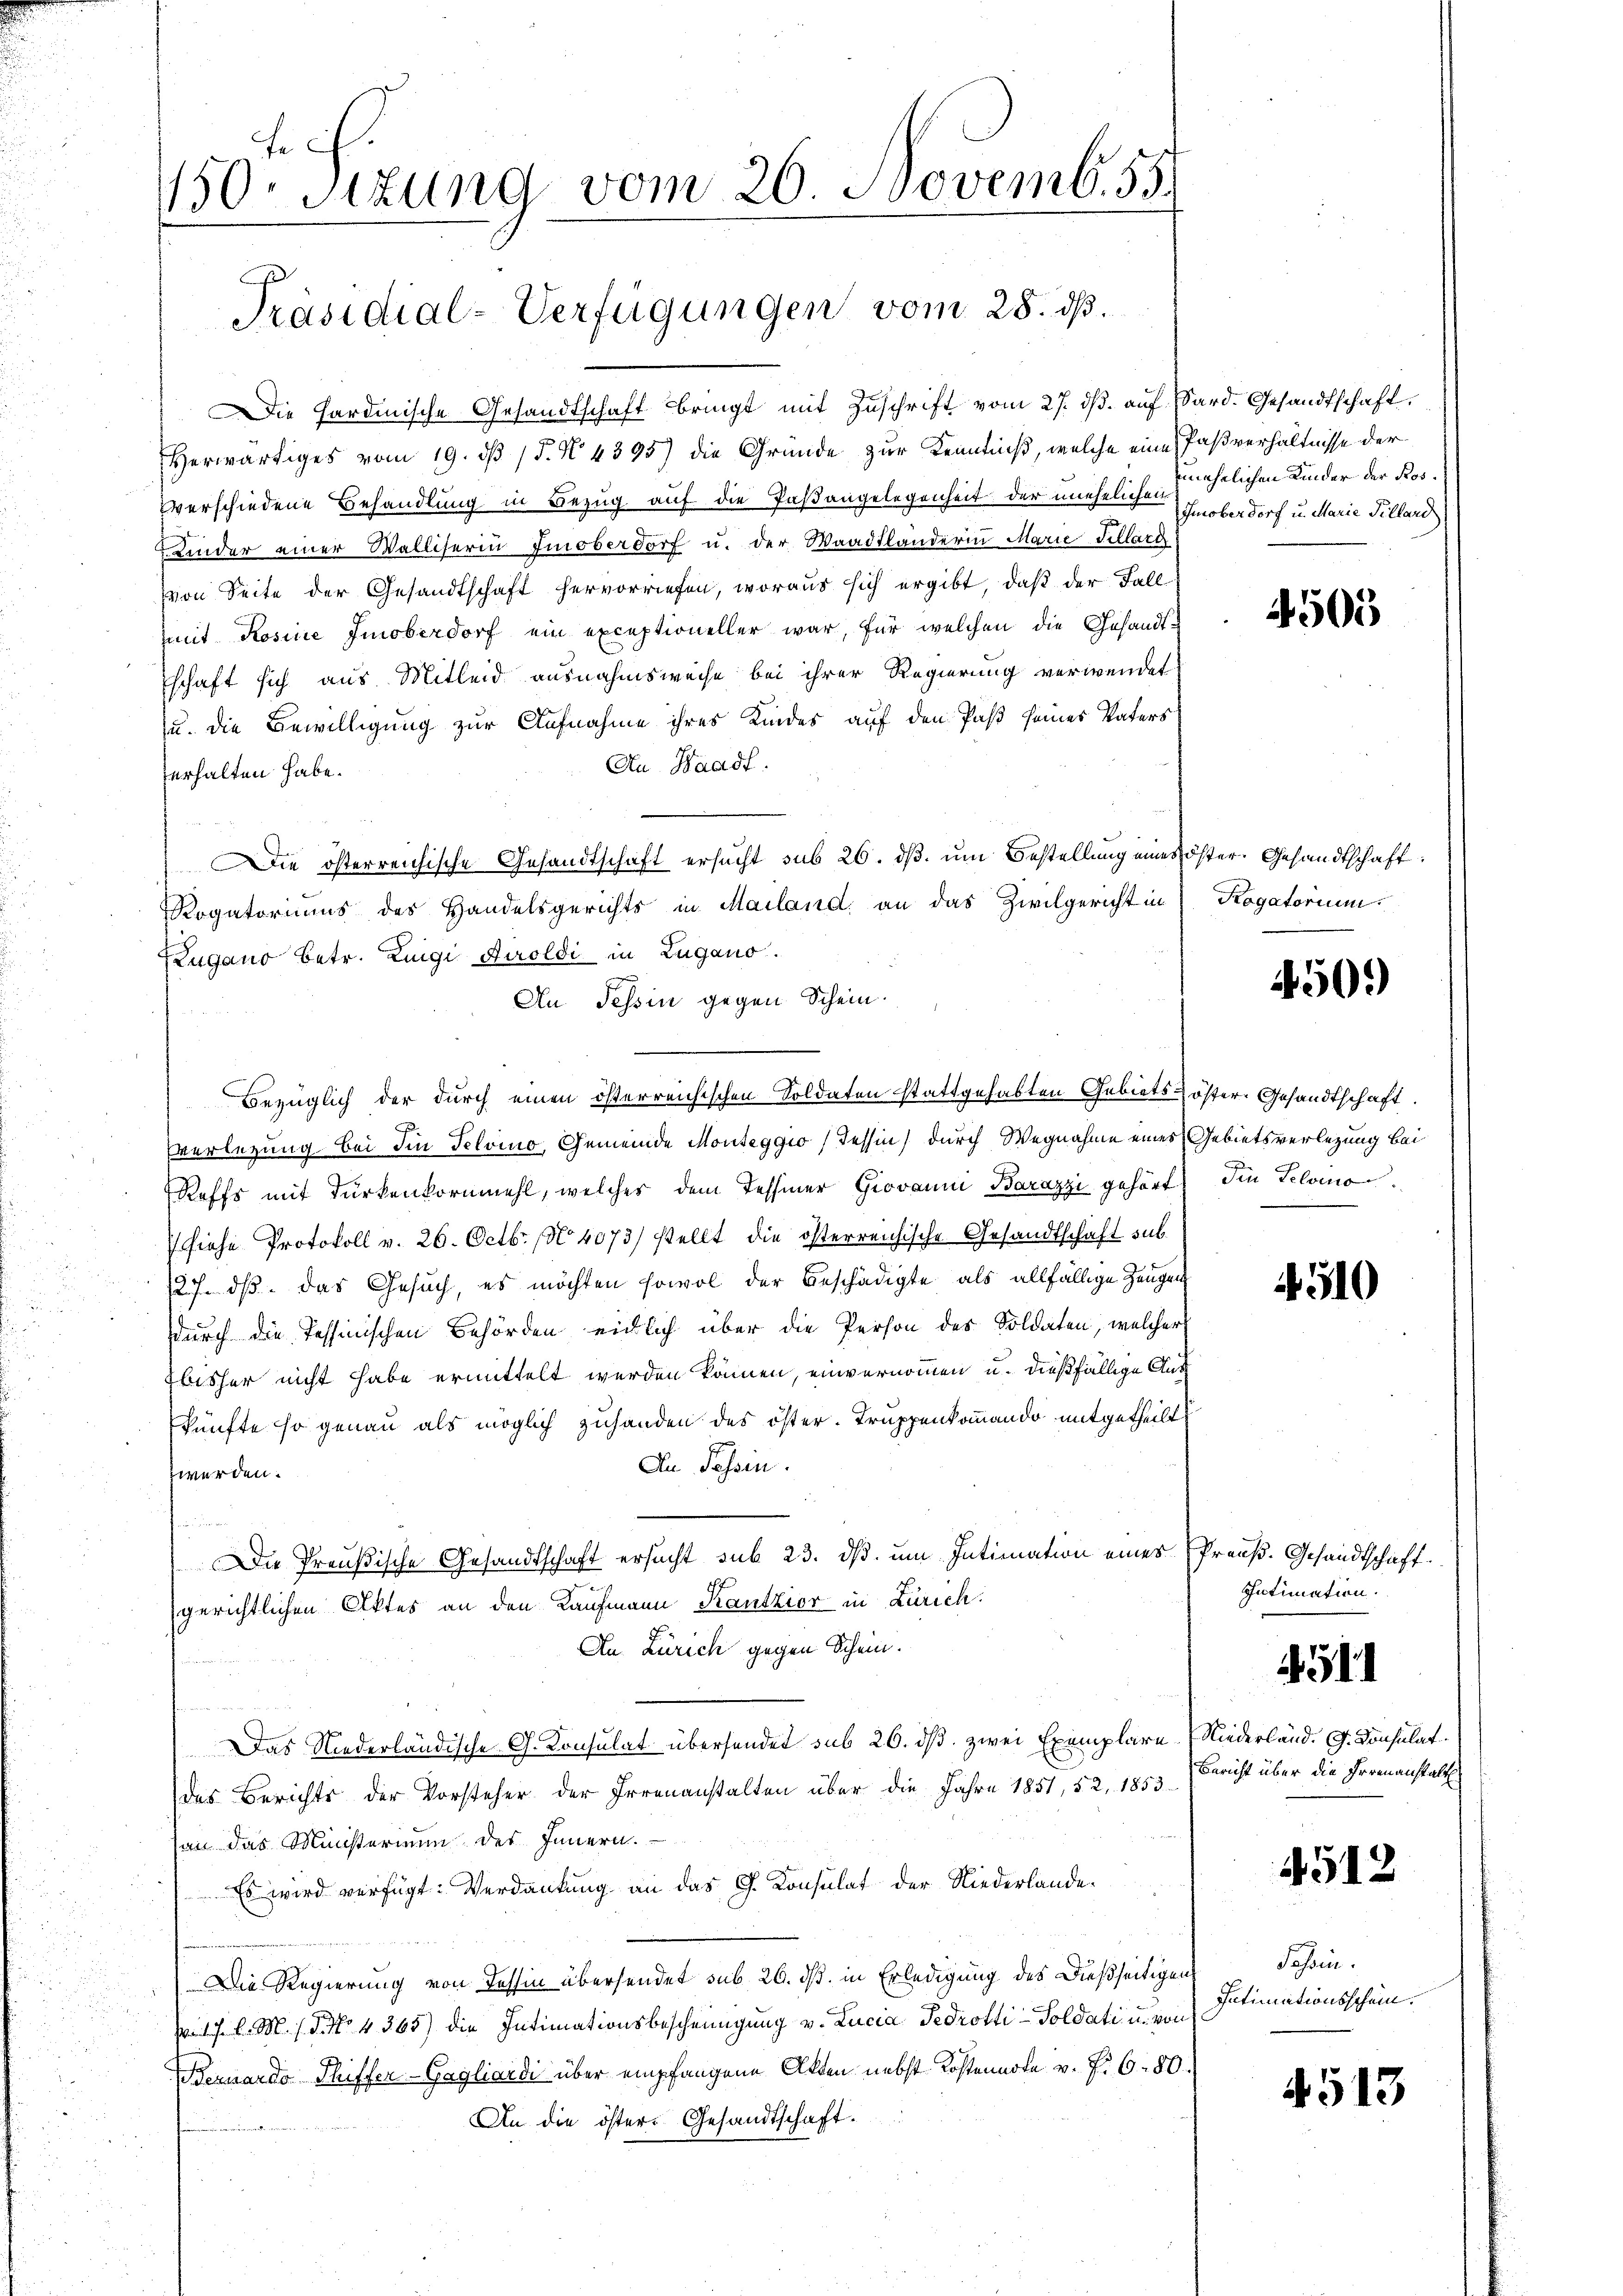
150 Sizung vom 26. Novemb. 55.

Präsidial-Verfügungen vom 28. ds.

Die Hardinische Gesandtschaft bringt mit Zuschrift vom 27. ds. auf Sard. Gesandtschaft.
Herwärtiges vom 19. dß (§. N. 4395) die Gründe zur Kenntniß, welche eine Paßverhältnisse der
verschiedene Behandlung in Bezug auf die Paßangelegenheit der unehelichen nichtlichen Kinder der Ros¬
Kinder einer Walliserin Einoberdorf u. der Waadtländerin Marie Sellard
von Seite der Gesandtschaft hervorriefen, woraus sich ergibt, daß der Fall
mit Rosine Imoberdorf ein exceptioneller war, für welchen die Gesandtschaft sich aus Mitleid ausnahmsweise bei ihrer Regierung verwendet
zu. Die Bewilligung zur Aufnahme ihres Kindes auf den Paß seines Vaters
An Waadt.
erhalten habe.
Die österreichische Gesandtschaft ersucht sub 26. ds. um Bestellung eines öster. Gesandtschaft
Rogatoriums des Handelsgerichts in Mailand, an das Zivilgericht in
Zugano betr. Luigi Airoldi in Lugano.
An Tessin gegen Schein.
Bezüglich der durch einen österreichischen Soldaten stattgehabten Gebiets-öster Gesandtschaft.
Everlegung bei Iin Telvino, Gemeinde Monteggio (Tessin, durch Wegnahme eines Gebietsverlegung bei
Reffs mit Durkenkornmehl, welches dem Tessiner Giovanni Barazzi gehört Im Seloinohiehe Protokoll v. 26. Octbr. 104073) stellt die österreichische Gesandtschaft sub¬
127. dß das Gesuch, es möchten sowol der Beschädigte als allfällige Zeugen
durch die Tessinischen Behörden einlich über die Person des Soldaten, welcher
bisher nicht habe ermittelt werden können, einvernommen u. dießfällige Auskünfte so genau als möglich zuhanden des öster. Truppenkommando mitgetheilt
Du Passin.
werden.
Die Preußische Gesandtschaft ersucht sub 23. ds. um Intimation eines Preuß. Gesandtschaft
gerichtlichen Aktes an den Kaufmann Kautzior in Zürich.
An Zürich gegen Schein.
Das Niederländische G. Konsulat übersendet sub 26. dß. zwei Exemplare (Niederländ. G. Consulat
des Berichts der Vorsteher der Irrenanstalten über die Jahre 1851, 52, 1853
son das Ministerium des Innern.
Es wird verfügt: Verdankung an das G. Konsulat der Niederlande¬
Die Regierung von Tessin übersendet sub 26. dß. in Erledigung des Dießseitigen
pr. 17. d. M. d. No 4365) die Intimationsbescheinigung v. Lucia Fedrotti-Soldati u. von
Bernardo Thiffer-Gagliardi über empfangene Akten nebst Kostennote v. f. 680.
An die öster- Gesandtschaft.

Imoberdorf u. Marie Tillard

4505

Rogatorium

450.

4910

Intimation.

.

Bericht über die Irrenanstalt

4512

Sohren.
Intimationsschein.

4513